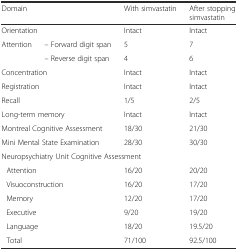
| <COLSPAN=2> Domain | With simvastatin | After stopping simvastatin |
 | --- | --- | --- | --- |
 | <COLSPAN=2> Orientation | Intact | Intact |
 | <ROWSPAN=2> Attention | – Forward digit span | 5 | 7 |
 | – Reverse digit span | 4 | 6 |
 | <COLSPAN=2> Concentration | Intact | Intact |
 | <COLSPAN=2> Registration | Intact | Intact |
 | <COLSPAN=2> Recall | 1/5 | 2/5 |
 | <COLSPAN=2> Long-term memory | Intact | Intact |
 | <COLSPAN=2> Montreal Cognitive Assessment | 18/30 | 21/30 |
 | <COLSPAN=2> Mini Mental State Examination | 28/30 | 30/30 |
 | <COLSPAN=4> Neuropsychiatry Unit Cognitive Assessment |
 | <COLSPAN=2> Attention | 16/20 | 20/20 |
 | <COLSPAN=2> Visuoconstruction | 16/20 | 17/20 |
 | <COLSPAN=2> Memory | 12/20 | 17/20 |
 | <COLSPAN=2> Executive | 9/20 | 19/20 |
 | <COLSPAN=2> Language | 18/20 | 19.5/20 |
 | <COLSPAN=2> Total | 71/100 | 92.5/100 |